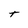
Character: t